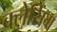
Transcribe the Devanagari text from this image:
क्लेसिंग